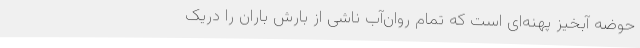
حوضه آبخیز پهنه‌ای است که تمام روان‌آب ناشی از بارش باران را دریک